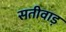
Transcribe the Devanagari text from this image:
सतीवाड़